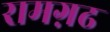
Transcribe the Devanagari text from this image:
रामग़ढ